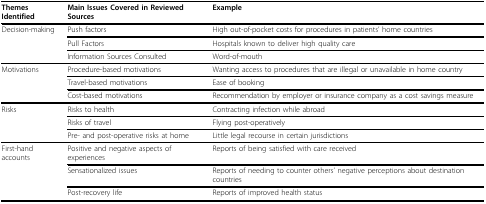
<table><thead><tr><td><b>Themes Identified</b></td><td><b>Main Issues Covered in Reviewed Sources</b></td><td><b>Example</b></td></tr></thead><tbody><tr><td>Decision-making</td><td>Push factors</td><td>High out-of-pocket costs for procedures in patients&#x27; home countries</td></tr><tr><td></td><td>Pull Factors</td><td>Hospitals known to deliver high quality care</td></tr><tr><td></td><td>Information Sources Consulted</td><td>Word-of-mouth</td></tr><tr><td>Motivations</td><td>Procedure-based motivations</td><td>Wanting access to procedures that are illegal or unavailable in home country</td></tr><tr><td></td><td>Travel-based motivations</td><td>Ease of booking</td></tr><tr><td></td><td>Cost-based motivations</td><td>Recommendation by employer or insurance company as a cost savings measure</td></tr><tr><td>Risks</td><td>Risks to health</td><td>Contracting infection while abroad</td></tr><tr><td></td><td>Risks of travel</td><td>Flying post-operatively</td></tr><tr><td></td><td>Pre- and post-operative risks at home</td><td>Little legal recourse in certain jurisdictions</td></tr><tr><td>First-hand accounts</td><td>Positive and negative aspects of experiences</td><td>Reports of being satisfied with care received</td></tr><tr><td></td><td>Sensationalized issues</td><td>Reports of needing to counter others&#x27; negative perceptions about destination countries</td></tr><tr><td></td><td>Post-recovery life</td><td>Reports of improved health status</td></tr></tbody></table>